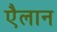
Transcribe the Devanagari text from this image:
एैलान